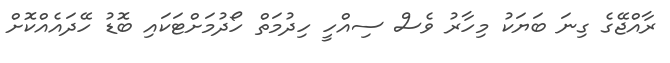
ރާއްޖޭގެ ގިނަ ބަޔަކު މިހާރު ވެސް ސިއްހީ ހިދުމަތް ހޯދުމަށްޓަކައި ބޮޑު ހޭދައެއްކޮށް